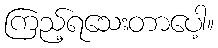
ကြည့်ရသေးတာပေါ့။